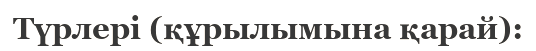
Түрлері (құрылымына қарай):